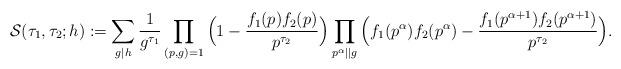
LaTeX: \begin{align*} \mathcal{S}(\tau_1,\tau_2;h) := \sum_{g \mid h} \frac{1}{g^{\tau_1}} \prod_{(p,g)=1} \Big ( 1 - \frac{f_1(p) f_2(p)}{p^{\tau_2}} \Big ) \prod_{p^{\alpha} \mid \mid g} \Big( f_1(p^{\alpha})f_2(p^{\alpha}) - \frac{f_1(p^{\alpha+1})f_2(p^{\alpha+1}) }{ p^{\tau_2}}\Big). \end{align*}